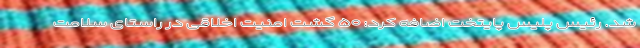
شد. رئیس پلیس پایتخت اضافه کرد: ۵۰ گشت امنیت اخلاقی در راستای سلامت